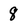
Character: 8